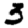
Digit: 3